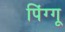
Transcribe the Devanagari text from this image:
पिंग्गू